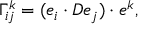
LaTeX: \Gamma _ { i j } ^ { k } = ( e _ { i } \cdot D e _ { j } ) \cdot e ^ { k } ,